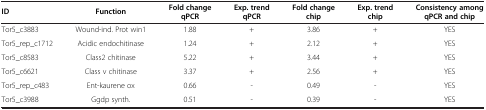
<table><thead><tr><td><b>ID</b></td><td><b>Function</b></td><td><b>Fold change qPCR</b></td><td><b>Exp. trend qPCR</b></td><td><b>Fold change chip</b></td><td><b>Exp. trend chip</b></td><td><b>Consistency among qPCR and chip</b></td></tr></thead><tbody><tr><td>Tor5_c3883</td><td>Wound-ind. Prot win1</td><td>1.88</td><td>+</td><td>3.86</td><td>+</td><td>YES</td></tr><tr><td>Tor5_rep_c1712</td><td>Acidic endochitinase</td><td>1.24</td><td>+</td><td>2.12</td><td>+</td><td>YES</td></tr><tr><td>Tor5_c8583</td><td>Class2 chitinase</td><td>5.22</td><td>+</td><td>3.44</td><td>+</td><td>YES</td></tr><tr><td>Tor5_c6621</td><td>Class v chitinase</td><td>3.37</td><td>+</td><td>2.56</td><td>+</td><td>YES</td></tr><tr><td>Tor5_rep_c483</td><td>Ent-kaurene ox</td><td>0.66</td><td>-</td><td>0.49</td><td>-</td><td>YES</td></tr><tr><td>Tor5_c3988</td><td>Ggdp synth.</td><td>0.51</td><td>-</td><td>0.39</td><td>-</td><td>YES</td></tr></tbody></table>